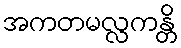
အကတမလ္လကန္တိ